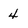
Character: 4